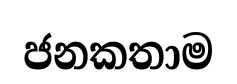
ජනකතාම